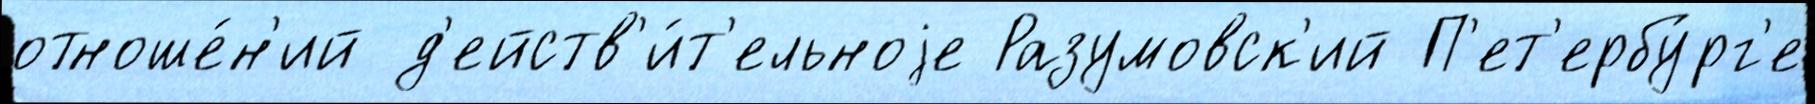
отноше́н'ий д'ейств'и́т'ельноjе Разумовск'ий П'ет'ербу́рг'е